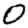
Digit: 0